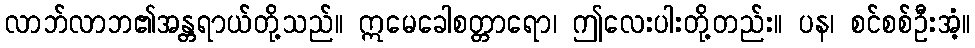
လာဘ်လာဘ၏အန္တရာယ်တို့သည်။ ဣမေခေါစတ္တာရော၊ ဤလေးပါးတို့တည်း။ ပန၊ စင်စစ်ဦးအံ့။